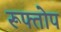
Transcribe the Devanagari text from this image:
रूफ्तोप